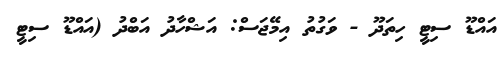
އައްޑޫ ސިޓީ ހިތަދޫ - ވަގުތު އިމޭޖަސް: އަޝްހާދު އަބްދު (އައްޑޫ ސިޓީ